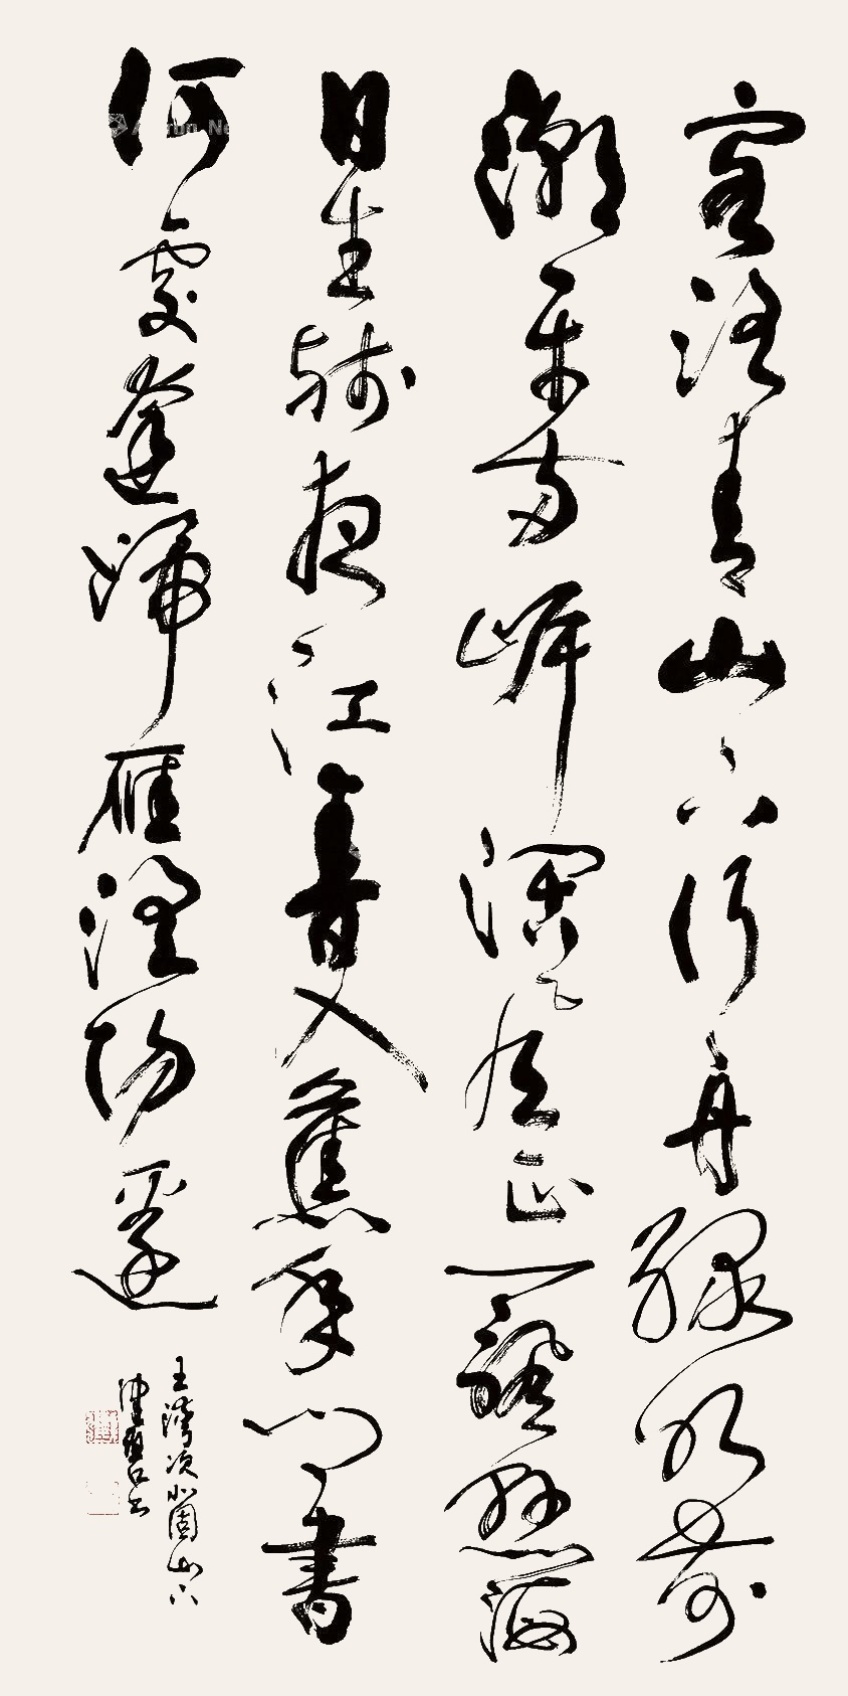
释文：客洛青山下，行舟绿水前。潮平两岸阔，风正一帆悬。海日生残夜，江春入旧年。乡书何处达？归雁洛阳边。王湾《次北固山下》。健碧书。